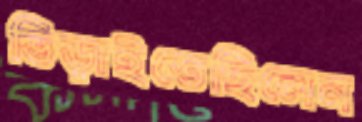
ভিড়াইতেছিলেন